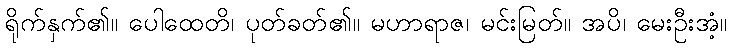
ရိုက်နှက်၏။ ပေါထေတိ၊ ပုတ်ခတ်၏။ မဟာရာဇ၊ မင်းမြတ်။ အပိ၊ မေးဦးအံ့။